Report on the working of the Ranchi Indian Mental Hospital, Kanke, in Bihar and Orissa - 1930-1940
Year: 1930
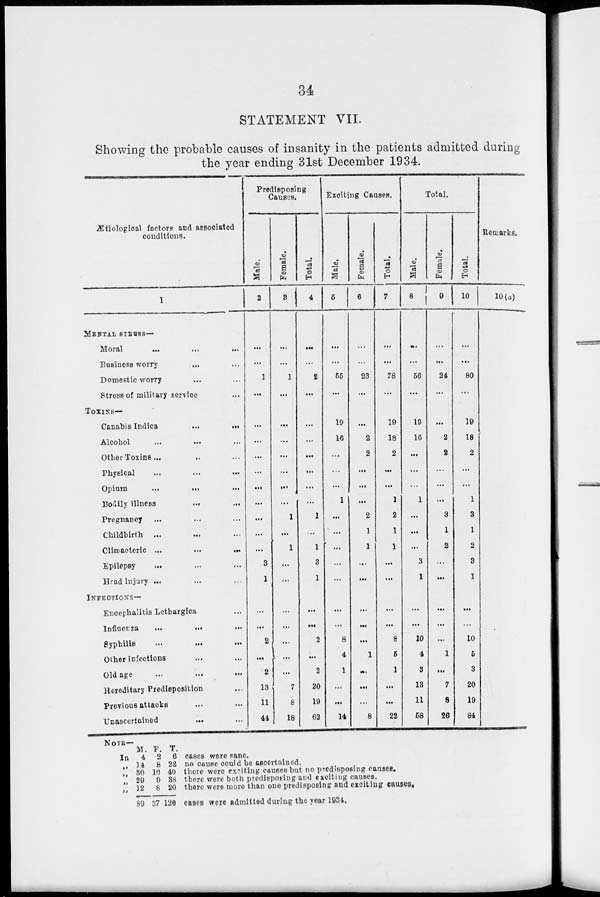
34
STATEMENT VII.
Showing the probable causes of insanity in the patients admitted during
the year ending 31st December 1934.
Ætiological factors and associated
conditions.
1
MENTAL STRESS—
Moral ... ... ...
Business worry ... ...
Domestic worry ... ...
Stress of military service ...
TOXINS—
Canabis Indica
...
...
Alcohol
...
... ...
Other Toxins ... ... ...
Physical
...
...
...
Opium
...
... ...
Bodily Illness
... ...
Pregnancy ... ...
Childbirth ... ... ...
Climacteric ... ... ...
Epilepsy ... ... ...
Head injury ... ... ...
INFEOTIONS—
Encephalitis Lethargica ...
Influenza ... ... ...
Syphilis
...
...
...
Other infections ... ...
Old age
...
...
...
Hereditary Predisposition ...
Previous attacks ... ...
Unascertained
... ...
Predisposing
Causes.
Male.
2
...
...
1
...
...
...
...
...
...
...
...
...
...
3
1
...
...
2
...
2
13
11
44
Female.
3
...
...
1
...
...
...
...
...
...
...
1
...
1
...
...
...
...
...
...
...
7
8
18
Total.
4
...
...
2
...
...
...
...
...
...
...
1
...
1
3
1
...
...
2
...
2
20
19
62
Exciting Causes.
Male.
5
...
...
55
...
19
16
...
...
...
1
...
...
...
...
...
...
...
8
4
1
...
...
14
Female.
6
...
...
23
...
...
2
2
...
...
...
2
1
1
...
...
...
...
...
1
...
...
...
8
Total.
7
...
...
78
...
19
18
2
...
...
1
2
1
1
...
...
...
...
8
5
1
...
...
22
Total.
Male.
8
...
...
56
...
19
16
...
...
...
1
...
...
...
3
1
...
...
10
4
3
13
11
58
Female.
9
...
...
24
...
...
2
2
...
...
...
3
1
2
...
...
...
...
...
1
...
7
8
26
Total.
10
...
...
80
...
19
18
2
...
...
1
3
1
2
3
1
...
...
10
5
3
20
19
84
Remarks.
10(a)
NOTE —
In
„
„
„
„
M.
4
14
30
29
12
89
F.
2
8
10
9
6
37
T.
6
22
40
38
20
126
cases were sane.
no cause could be ascertained.
there were exciting causes but no predisposing causes.
there were both predisposing and exciting causes.
there were more than one predisposing: and exciting causes.
cases were admitted during the year 1934.